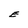
Character: E